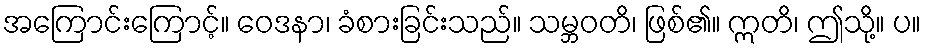
အကြောင်းကြောင့်။ ဝေဒနာ၊ ခံစားခြင်းသည်။ သမ္ဘဝတိ၊ ဖြစ်၏။ ဣတိ၊ ဤသို့။ ပ။